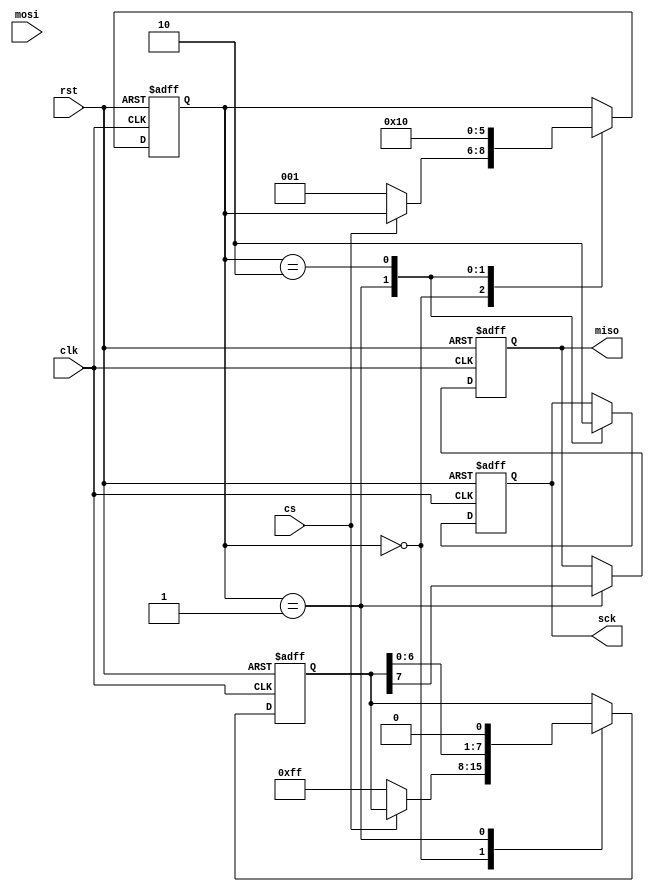
module SPI_Controller (
    input wire clk,
    input wire rst,
    input wire cs,
    input wire mosi,
    output reg miso,
    output reg sck
);

reg [7:0] data_out;
reg [7:0] data_in;
reg [2:0] state;

parameter IDLE = 3'b000;
parameter SEND = 3'b001;
parameter RECEIVE = 3'b010;

always @(posedge clk or posedge rst) begin
    if (rst) begin
        miso <= 1'b0;
        sck <= 1'b0;
        data_out <= 8'b0;
        data_in <= 8'b0;
        state <= IDLE;
    end else begin
        case (state)
            IDLE: begin
                if (cs == 1'b0) begin
                    state <= SEND;
                    data_out <= 8'hFF; // Sample data to be sent
                end
            end
            SEND: begin
                // Transmit data on MOSI line
                miso <= data_out[7];
                sck <= 1'b1;
                data_out <= {data_out[6:0], 1'b0};
                state <= RECEIVE;
            end
            RECEIVE: begin
                // Receive data on MISO line
                data_in <= {miso, data_in[7:1]};
                sck <= 1'b0;
                state <= IDLE;
            end
        endcase
    end
end

endmodule